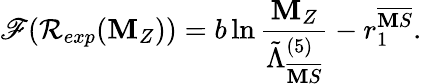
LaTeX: \mathscr{F}(\mathcal{R}_{exp}(\mathbf{M}_{Z}))=b\ln\frac{{\mathbf{M}_{Z}}}{{\tilde{{\Lambda}}_{\overline{{{{\mathbf{M}S}}}}}^{(5)}}}-r_{1}^{\overline{{{{\mathbf{M}S}}}}}.